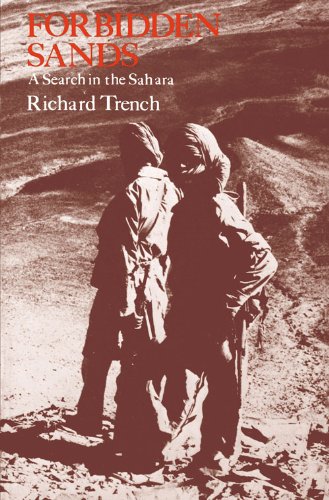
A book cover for Forbidden Sands; Trench; Travel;